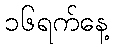
၁၆ရက်နေ့